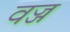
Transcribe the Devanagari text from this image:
वज्ज